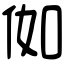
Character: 侞